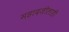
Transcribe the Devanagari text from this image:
महादजीलाही